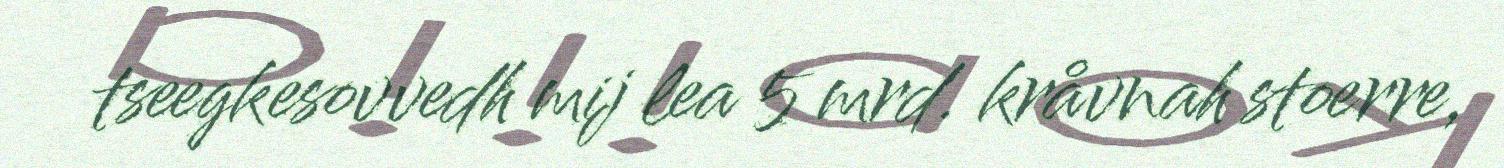
tseegkesovvedh mij lea 5 mrd. kråvnah stoerre,